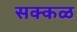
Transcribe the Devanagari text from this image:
सक्‍कळ